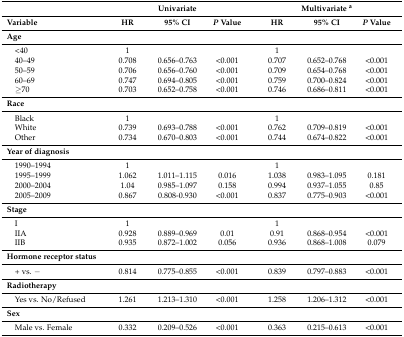
<table><thead><tr><td></td><td colspan="3"><b>Univariate</b></td><td colspan="3"><b>Multivariate <sup>a</sup></b></td></tr><tr><td><b>Variable</b></td><td><b>HR</b></td><td><b>95% CI</b></td><td><b><i>P</i> Value</b></td><td><b>HR</b></td><td><b>95% CI</b></td><td><b><i>P</i> Value</b></td></tr></thead><tbody><tr><td><b>Age</b></td><td></td><td></td><td></td><td></td><td></td><td></td></tr><tr><td> &lt;40</td><td>1</td><td></td><td></td><td>1</td><td></td><td></td></tr><tr><td> 40–49</td><td>0.708</td><td>0.656–0.763</td><td>&lt;0.001</td><td>0.707</td><td>0.652–0.768</td><td>&lt;0.001</td></tr><tr><td> 50–59</td><td>0.706</td><td>0.656–0.760</td><td>&lt;0.001</td><td>0.709</td><td>0.654–0.768</td><td>&lt;0.001</td></tr><tr><td> 60–69</td><td>0.747</td><td>0.694–0.805</td><td>&lt;0.001</td><td>0.759</td><td>0.700–0.824</td><td>&lt;0.001</td></tr><tr><td> ≥70</td><td>0.703</td><td>0.652–0.758</td><td>&lt;0.001</td><td>0.746</td><td>0.686–0.811</td><td>&lt;0.001</td></tr><tr><td><b>Race</b></td><td></td><td></td><td></td><td></td><td></td><td></td></tr><tr><td> Black</td><td>1</td><td></td><td></td><td>1</td><td></td><td></td></tr><tr><td> White</td><td>0.739</td><td>0.693–0.788</td><td>&lt;0.001</td><td>0.762</td><td>0.709–0.819</td><td>&lt;0.001</td></tr><tr><td> Other</td><td>0.734</td><td>0.670–0.803</td><td>&lt;0.001</td><td>0.744</td><td>0.674–0.822</td><td>&lt;0.001</td></tr><tr><td><b>Year of diagnosis</b></td><td></td><td></td><td></td><td></td><td></td><td></td></tr><tr><td> 1990–1994</td><td>1</td><td></td><td></td><td>1</td><td></td><td></td></tr><tr><td> 1995–1999</td><td>1.062</td><td>1.011–1.115</td><td>0.016</td><td>1.038</td><td>0.983–1.095</td><td>0.181</td></tr><tr><td> 2000–2004</td><td>1.04</td><td>0.985–1.097</td><td>0.158</td><td>0.994</td><td>0.937–1.055</td><td>0.85</td></tr><tr><td> 2005–2009</td><td>0.867</td><td>0.808-0.930</td><td>&lt;0.001</td><td>0.837</td><td>0.775–0.903</td><td>&lt;0.001</td></tr><tr><td><b>Stage</b></td><td></td><td></td><td></td><td></td><td></td><td></td></tr><tr><td> I</td><td>1</td><td></td><td></td><td>1</td><td></td><td></td></tr><tr><td> IIA</td><td>0.928</td><td>0.889–0.969</td><td>0.01</td><td>0.91</td><td>0.868–0.954</td><td>&lt;0.001</td></tr><tr><td> IIB</td><td>0.935</td><td>0.872–1.002</td><td>0.056</td><td>0.936</td><td>0.868–1.008</td><td>0.079</td></tr><tr><td><b>Hormone receptor status</b></td><td></td><td></td><td></td><td></td><td></td><td></td></tr><tr><td> + vs. −</td><td>0.814</td><td>0.775–0.855</td><td>&lt;0.001</td><td>0.839</td><td>0.797–0.883</td><td>&lt;0.001</td></tr><tr><td><b>Radiotherapy</b></td><td></td><td></td><td></td><td></td><td></td><td></td></tr><tr><td> Yes vs. No/Refused</td><td>1.261</td><td>1.213–1.310</td><td>&lt;0.001</td><td>1.258</td><td>1.206–1.312</td><td>&lt;0.001</td></tr><tr><td><b>Sex</b></td><td></td><td></td><td></td><td></td><td></td><td></td></tr><tr><td> Male vs. Female</td><td>0.332</td><td>0.209–0.526</td><td>&lt;0.001</td><td>0.363</td><td>0.215–0.613</td><td>&lt;0.001</td></tr></tbody></table>